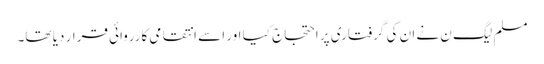
مسلم لیگ ن نے ان کی گرفتاری پر احتجاج کیا اور اسے انتقامی کارروائی قرار دیا تھا۔